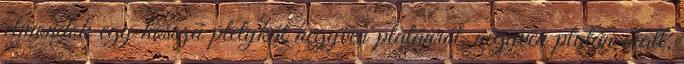
elmondok egy hosszú pletykát negyven platánról, negyven platán alatt.